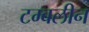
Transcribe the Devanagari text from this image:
टम्बलीन